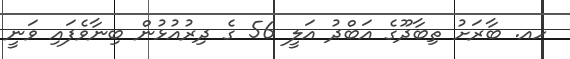
ހއ. ބާރަށު ތިބާދޫގެ އަބްދު އަލީ 56 ގެ ދިރުއުޅުން ބިނާވެފައި ވަނީ